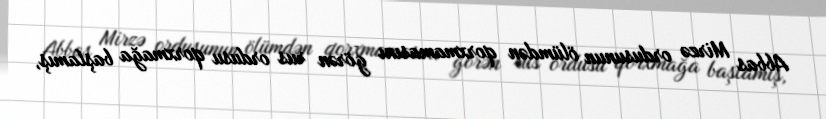
Abbas Mirzə ordusunun ölümdən qorxmamasını görən rus ordusu qorxmağa başlamış,